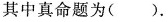
其中真命题为()。